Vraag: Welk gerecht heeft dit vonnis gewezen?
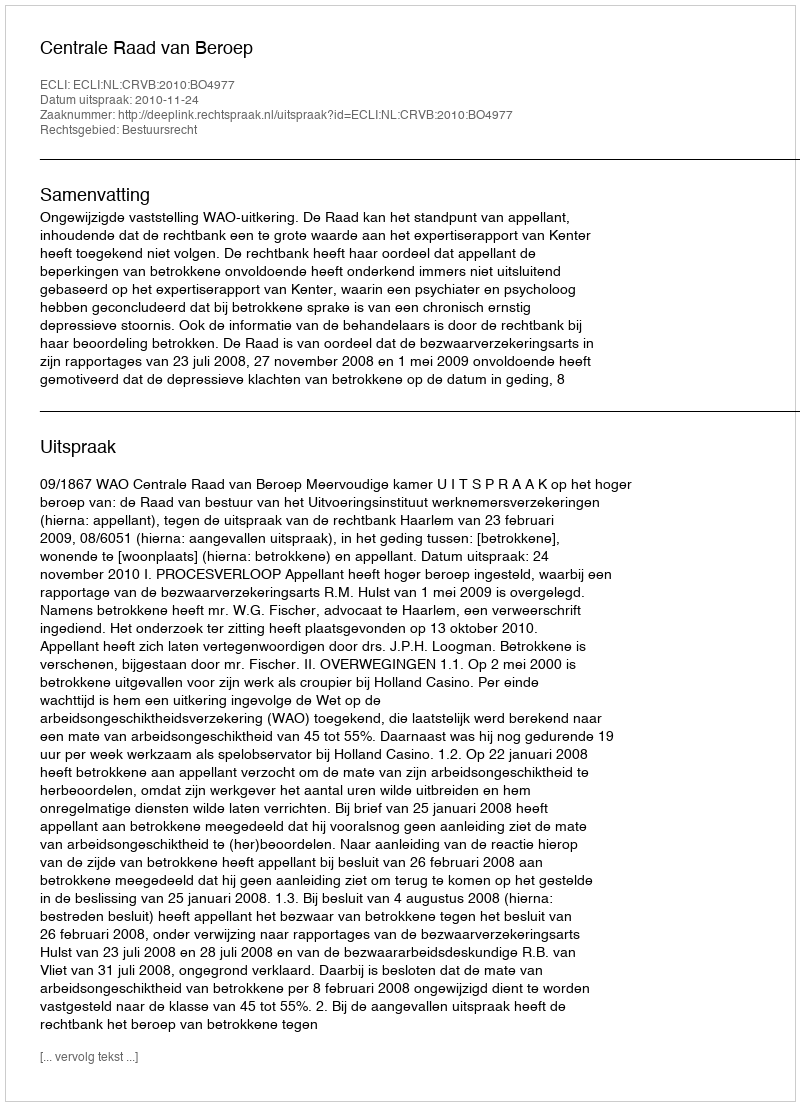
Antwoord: Centrale Raad van Beroep